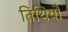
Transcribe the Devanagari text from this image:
तिथियौ